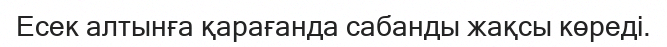
Есек алтынға қарағанда сабанды жақсы көреді.